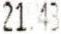
21.43